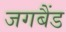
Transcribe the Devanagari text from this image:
जगबैंड